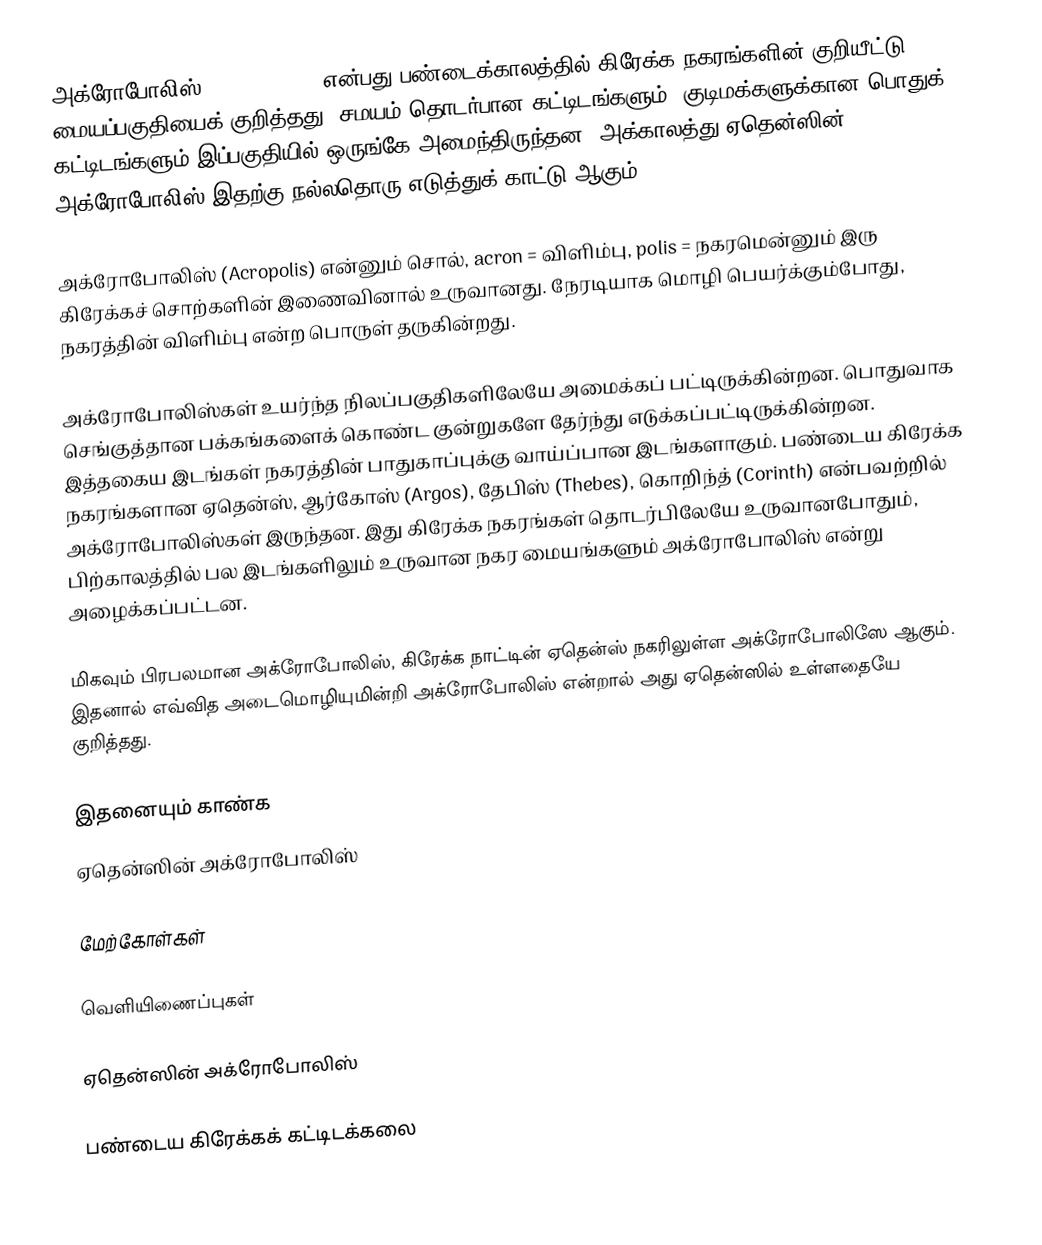
அக்ரோபோலிஸ் (acropolis, ) என்பது பண்டைக்காலத்தில் கிரேக்க நகரங்களின் குறியீட்டு மையப்பகுதியைக் குறித்தது. சமயம் தொடர்பான கட்டிடங்களும், குடிமக்களுக்கான பொதுக் கட்டிடங்களும் இப்பகுதியில் ஒருங்கே அமைந்திருந்தன. அக்காலத்து ஏதென்ஸின் அக்ரோபோலிஸ் இதற்கு நல்லதொரு எடுத்துக் காட்டு ஆகும்.

அக்ரோபோலிஸ் (Acropolis) என்னும் சொல், acron = விளிம்பு, polis = நகரமென்னும் இரு கிரேக்கச் சொற்களின் இணைவினால் உருவானது. நேரடியாக மொழி பெயர்க்கும்போது, நகரத்தின் விளிம்பு என்ற பொருள் தருகின்றது.

அக்ரோபோலிஸ்கள் உயர்ந்த நிலப்பகுதிகளிலேயே அமைக்கப் பட்டிருக்கின்றன. பொதுவாக செங்குத்தான பக்கங்களைக் கொண்ட குன்றுகளே தேர்ந்து எடுக்கப்பட்டிருக்கின்றன. இத்தகைய இடங்கள் நகரத்தின் பாதுகாப்புக்கு வாய்ப்பான இடங்களாகும். பண்டைய கிரேக்க நகரங்களான ஏதென்ஸ், ஆர்கோஸ் (Argos), தேபிஸ் (Thebes), கொறிந்த் (Corinth) என்பவற்றில் அக்ரோபோலிஸ்கள் இருந்தன. இது கிரேக்க நகரங்கள் தொடர்பிலேயே உருவானபோதும், பிற்காலத்தில் பல இடங்களிலும் உருவான நகர மையங்களும் அக்ரோபோலிஸ் என்று அழைக்கப்பட்டன.

மிகவும் பிரபலமான அக்ரோபோலிஸ், கிரேக்க நாட்டின் ஏதென்ஸ் நகரிலுள்ள அக்ரோபோலிஸே ஆகும். இதனால் எவ்வித அடைமொழியுமின்றி அக்ரோபோலிஸ் என்றால் அது ஏதென்ஸில் உள்ளதையே குறித்தது.

இதனையும் காண்க
 ஏதென்ஸின் அக்ரோபோலிஸ்

மேற்கோள்கள்

வெளியிணைப்புகள்

 ஏதென்ஸின் அக்ரோபோலிஸ்

பண்டைய கிரேக்கக் கட்டிடக்கலை